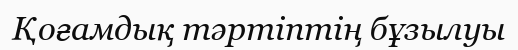
Қоғамдық тәртіптің бұзылуы